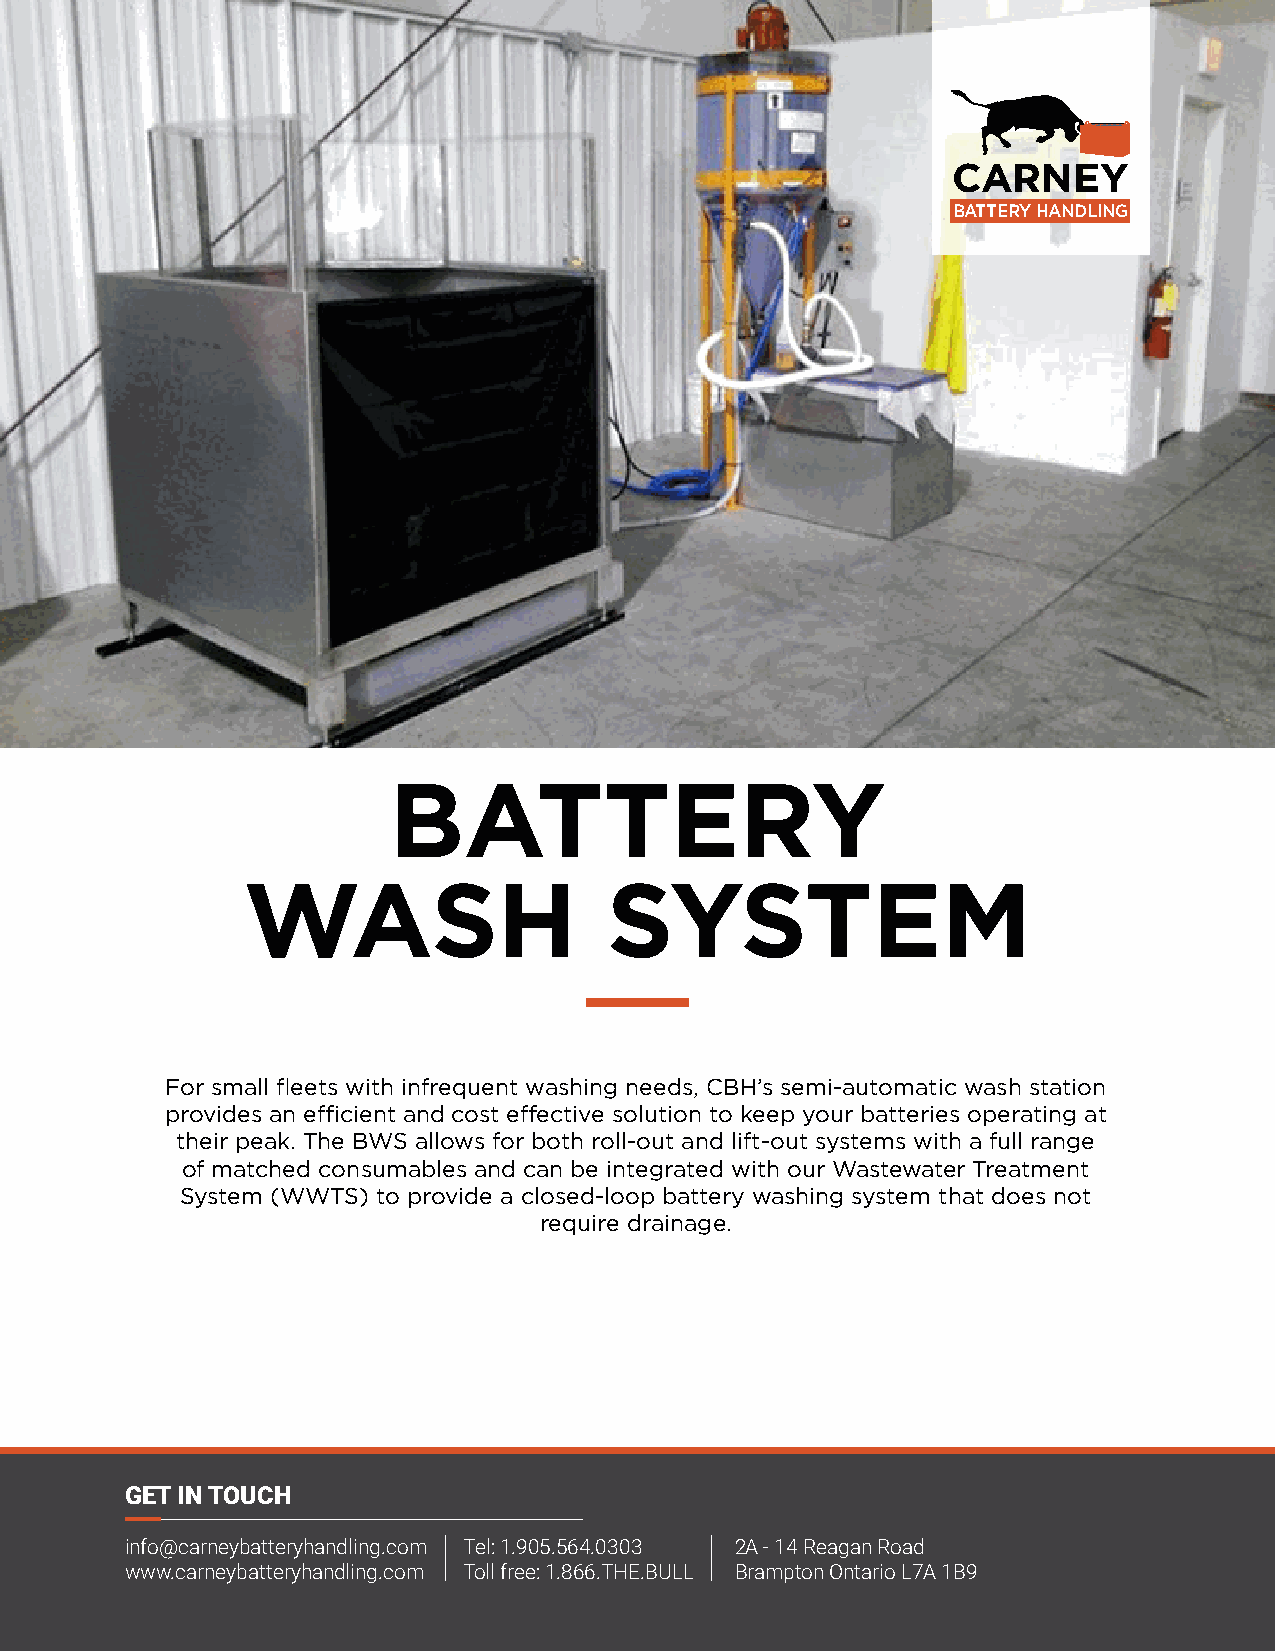
CARNEY
 BATTERY HANDLING
 BATTERY
 WASH                    SYSTEM
 For small fleets with infrequent washing needs, CBH’s semi-automatic wash station
 provides an efficient and cost effective solution to keep your batteries operating at
 their peak. The BWS allows for both roll-out and lift-out systems with a full range
 of matched consumables and can be integrated with our Wastewater Treatment
 System (WWTS) to provide a closed-loop battery washing system that does not
 require drainage.
 GET IN TOUCH
 info@carneybatteryhandling.com Tel: 1.905.564.0303 2A - 14 Reagan Road
 www.carneybatteryhandling.com Toll free: 1.866.THE.BULL Brampton Ontario L7A 1B9
 www.carneybatteryhandling.com | 1